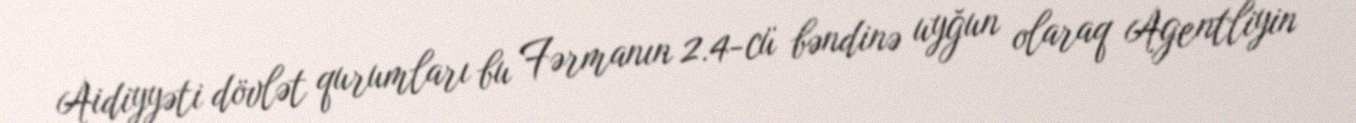
Aidiyyəti dövlət qurumları bu Fərmanın 2.4-cü bəndinə uyğun olaraq Agentliyin